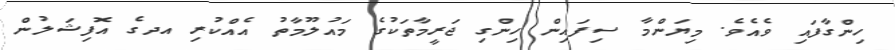
ހިންގާފައި ވެއެވެ. މިޔަންމާ ސިފައިން ހިންގި ޖަރީމާތަކުގެ މައުލޫމާތު އެއްކުރި އދގެ އޮފިޝަލުން